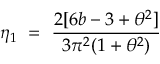
\eta _ { 1 } ~ = ~ \frac { 2 [ 6 b - 3 + \theta ^ { 2 } ] } { 3 \pi ^ { 2 } ( 1 + \theta ^ { 2 } ) }